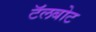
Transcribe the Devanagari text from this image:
टॅलबोट